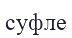
суфле